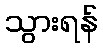
သွားရန်